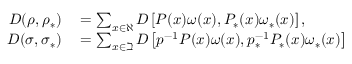
\begin{array} { r l } { D ( \rho , \rho _ { \ast } ) } & { { } = \sum _ { \substack { x \in \aleph } } D \left[ P ( x ) \omega ( x ) , P _ { \ast } ( x ) \omega _ { \ast } ( x ) \right] , } \\ { D ( \sigma , \sigma _ { \ast } ) } & { { } = \sum _ { x \in \beth } D \left[ p ^ { - 1 } P ( x ) \omega ( x ) , p _ { \ast } ^ { - 1 } P _ { \ast } ( x ) \omega _ { \ast } ( x ) \right] } \end{array}